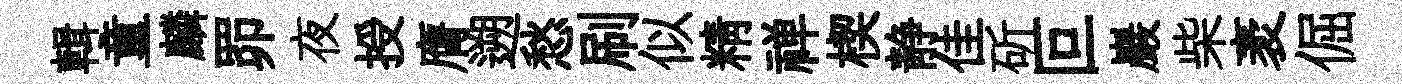
輯童麟𦊑夜授膺遡愁刷似精禅楔静佳斫叵巖柴袤倔